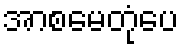
အာစမေတုံပေ